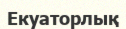
Екуаторлық